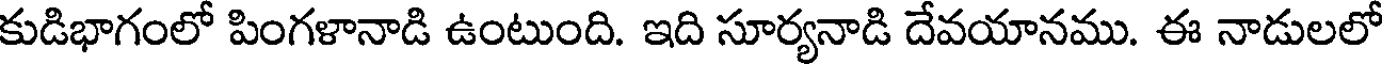
కుడిభాగంలో పింగళానాడి ఉంటుంది. ఇది సూర్యనాడి దేవయానము. ఈ నాడులలో